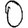
Digit: 0